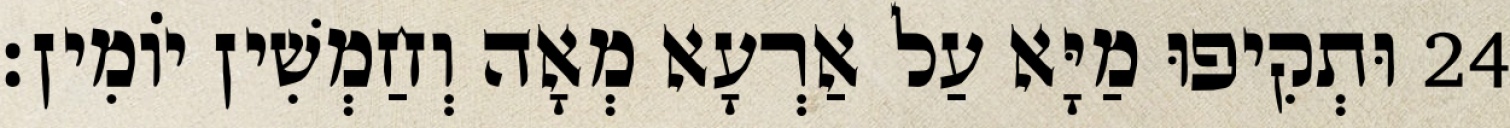
24 וּתְקִיפוּ מַיָּא עַל אַרְעָא מְאָה וְחַמְשִׁין יוֹמִין׃